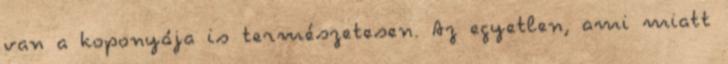
van a koponyája is természetesen. Az egyetlen, ami miatt